Document type: Emphyteutic lease
Year: 1316
Scribe: Guillem de Vila
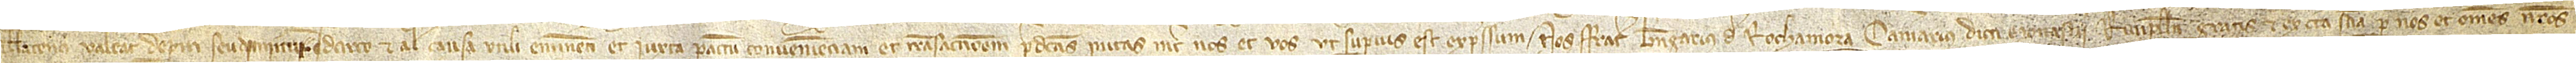
nullatenus valeat deperiri seu diminui. Idcirco et alias, causa utili eminenti et iuxta pactum, convenienciam et transaccionem predictas initas inter nos et vos, ut superius est expressum, nos frater Berengarius de Rochamora, camerarius dicti monasterii  Rivipullensi, gratis et ex certa sciencia per nos et omnes nostros